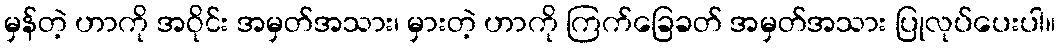
မှန်တဲ့ ဟာကို အဝိုင်း အမှတ်အသား၊ မှားတဲ့ ဟာကို ကြက်ခြေခတ် အမှတ်အသား ပြုလုပ်ပေးပါ။